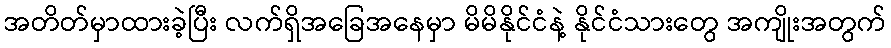
အတိတ်မှာထားခဲ့ပြီး လက်ရှိအခြေအနေမှာ မိမိနိုင်ငံနဲ့ နိုင်ငံသားတွေ အကျိုးအတွက်